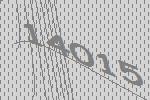
14015